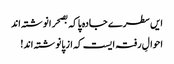
ایں سطرے جادہ پا کہ بصحرا نوشتہ اند
احوالِ رفتہ ایست کہ از پا نوشتہ اند!